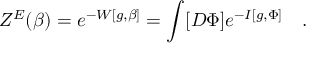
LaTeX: Z ^ { E } ( \beta ) = e ^ { - W [ g , \beta ] } = \int [ D \Phi ] e ^ { - I [ g , \Phi ] } ~ ~ ~ .